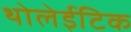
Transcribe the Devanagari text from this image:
थोलेईटिक